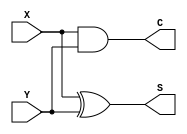
`timescale 1ns / 1ps
//////////////////////////////////////////////////////////////////////////////////
// Company: 
// 
// Design Name: 	 Binary Half Adder		
// Module Name:    half_adder 
// Project Name: 	 Adders-Subtractors
// Target Devices: 
// Tool versions: 
// Description: A binary half adder that takes two binary inputs A,B, and outputs sum (S) and carry (C)
//
// Dependencies: None
//
// Revision: 
// Revision 0.01 - File Created
// Additional Comments: 
//
//////////////////////////////////////////////////////////////////////////////////
module half_adder(
		input X,Y,
		output S,C
    );

xor G1(S,X,Y);
and G2(C,X,Y);
endmodule